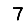
Digit: 7